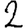
Digit: 2